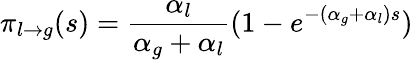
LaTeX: \pi_{l\to g}(s)=\frac{\alpha_{l}}{\alpha_{g}+\alpha_{l}}(1-e^{-(\alpha_{g}+\alpha_{l})s})